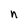
Character: n